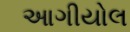
આગીયોલ